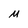
Character: M